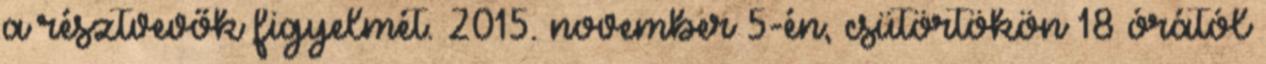
a résztvevők figyelmét. 2015. november 5-én, csütörtökön 18 órától